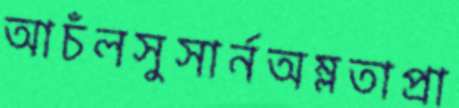
আচঁলসুসার্নঅম্লতাপ্রা